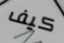
كيف